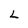
Character: L